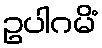
ဥပါဂမိံ